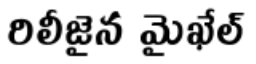
రిలీజైన మైఖేల్